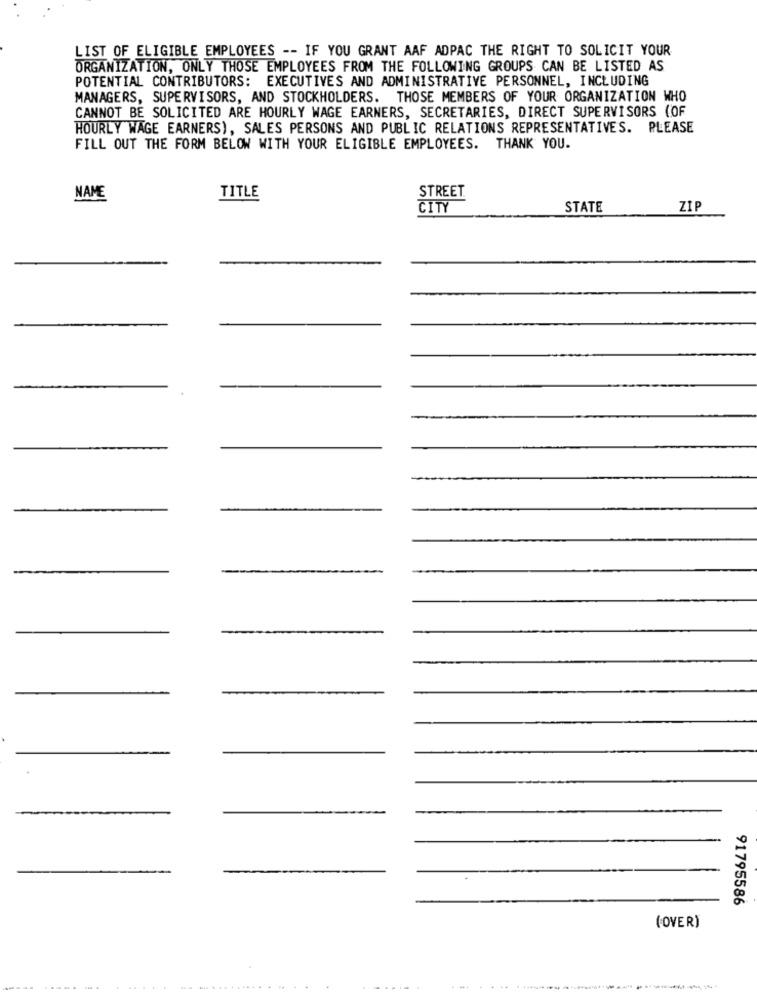
LIST OF ELIGIBLE EMPLOYEES -- IF YOU GRANT AAF ADPAC THE RIGHT TO SOLICIT YOUR
ORGANIZATION, ONLY THOSE EMPLOYEES FROM THE FOLLOWING GROUPS CAN BE LISTED AS
POTENTIAL CONTRIBUTORS: EXECUTIVES AND ADMINISTRATIVE PERSONNEL, INCLUDING
MANAGERS, SUPERVISORS, AND STOCKHOLDERS. THOSE MEMBERS OF YOUR ORGANIZATION WHO
CANNOT BE SOLICITED ARE HOURLY WAGE EARNERS, SECRETARIES, DIRECT SUPERVISORS (OF
HOURLY WAGE EARNERS), SALES PERSONS AND PUBLIC RELATIONS REPRESENTATIVES. PLEASE
FILL OUT THE FORM BELOW WITH YOUR ELIGIBLE EMPLOYEES. THANK YOU.
NAME
TITLE
STREET
ČITÝ
STATE
ZIP
91795586
(OVER)
----.